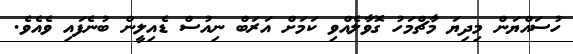
ހުސައްޔަން މިދިޔަ މާޗްމަހު ގޮވާލެއްވި ކަމަށް އަރަބް ނިއުސް ޑެއިލީން ބުނެފައި ވެއެވެ.